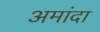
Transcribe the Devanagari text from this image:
अमांदा